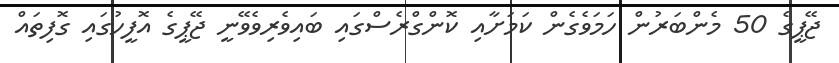
ޖޭޕީގެ 50 މެންބަރުން ހަމަވެގެން ކަމަށާއި ކޮންގްރެސްގައި ބައިވެރިވެވޭނީ ޖޭޕީގެ އޮފީހުގައި ގޮފިތައް